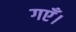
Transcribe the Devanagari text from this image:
गएँ।